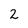
Character: 2